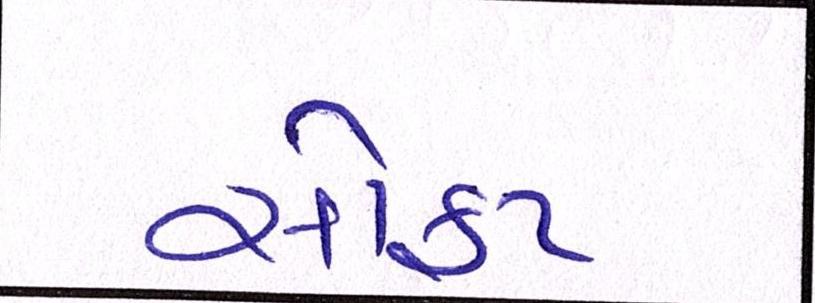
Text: સોફ્ટ